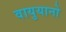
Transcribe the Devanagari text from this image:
वायुयानो